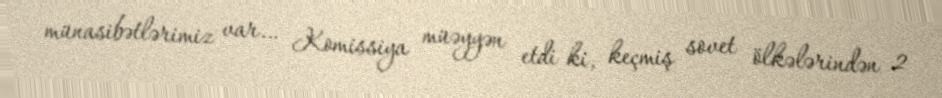
münasibətlərimiz var… Komissiya müəyyən etdi ki, keçmiş sovet ölkələrindən 2